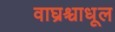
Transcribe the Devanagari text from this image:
वाघ्रश्चाधूल